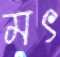
মৎ